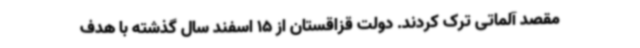
مقصد آلماتی ترک کردند. دولت قزاقستان از 15 اسفند سال گذشته با هدف